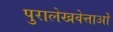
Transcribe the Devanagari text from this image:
पुरालेखवेत्ताओं